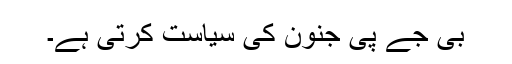
بی جے پی جنون کی سیاست کرتی ہے۔